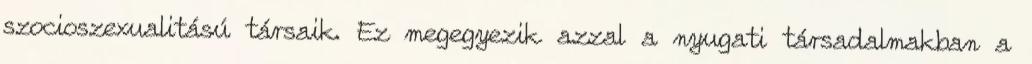
szocioszexualitású társaik. Ez megegyezik azzal a nyugati társadalmakban a